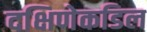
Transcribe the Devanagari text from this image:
दक्षिणेकडिल